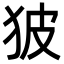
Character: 狓